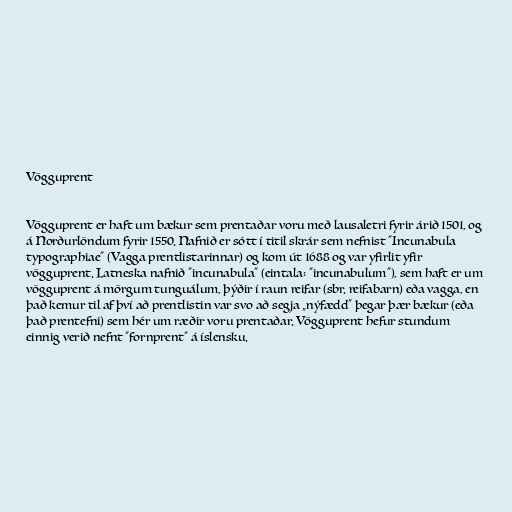
Vögguprent

Vögguprent er haft um bækur sem prentaðar voru með lausaletri fyrir árið 1501, og
á Norðurlöndum fyrir 1550. Nafnið er sótt í titil skrár sem nefnist "Incunabula
typographiae" (Vagga prentlistarinnar) og kom út 1688 og var yfirlit yfir
vögguprent. Latneska nafnið "incunabula" (eintala: "incunabulum"), sem haft er um
vögguprent á mörgum tunguálum, þýðir í raun reifar (sbr. reifabarn) eða vagga, en
það kemur til af því að prentlistin var svo að segja „nýfædd“ þegar þær bækur (eða
það prentefni) sem hér um ræðir voru prentaðar. Vögguprent hefur stundum
einnig verið nefnt "fornprent" á íslensku.